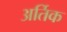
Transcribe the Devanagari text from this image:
अर्तिक